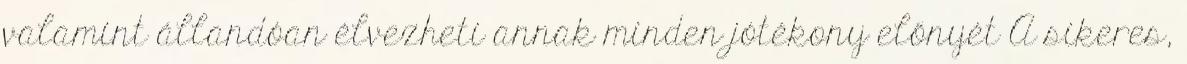
valamint állandóan élvezheti annak minden jótékony előnyét A sikeres,